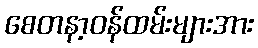
စေတနာ့ဝန်ထမ်းများအား